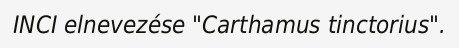
INCI elnevezése "Carthamus tinctorius".